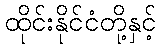
ထိုင်းနိုင်ငံတို့နှင့်